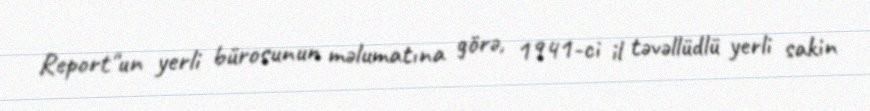
Report"un yerli bürosunun məlumatına görə, 1941-ci il təvəllüdlü yerli sakin